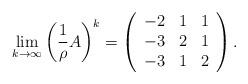
LaTeX: \begin{align*}\lim_{k\to\infty} \left(\frac{1}{\rho}A\right)^k= \left(\begin{array}{rrr}-2 & 1 & 1 \\-3 & 2 & 1 \\-3 & 1 & 2\end{array}\right).\end{align*}